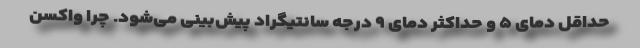
حداقل دمای ۵ و حداکثر دمای ۹ درجه سانتیگراد پیش‌بینی می‌شود. چرا واکسن